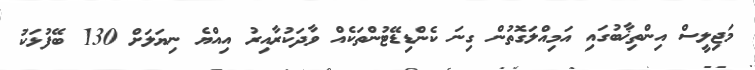
މަޖިލީސް އިންތިޚާބުގައި އަމިއްލަގޮތުން ގިނަ ކެންޑިޑޭޓުންތަކެއް ވާދަކުރާއިރު އިއްޔެ ނިޔަލަށް 130 ބޭފުޅަކު